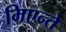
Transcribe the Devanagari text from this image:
मिएन्ते